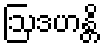
ဩဒဟန္တိ